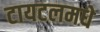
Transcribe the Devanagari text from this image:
टायटलमधे